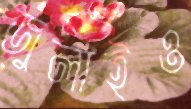
জুলাইও